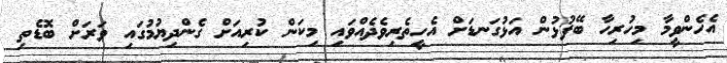
އެހެންވީމާ މިހުރިހާ ބޭފުޅުން އަޅުގަނޑަށް އެހީތެރިވެދެއްވައި މިކަން ކުރިއަށް ގެންދިޔުމުގައި ވަރަށް ބޮޑެތި